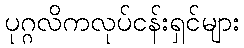
ပုဂ္ဂလိကလုပ်ငန်းရှင်များ